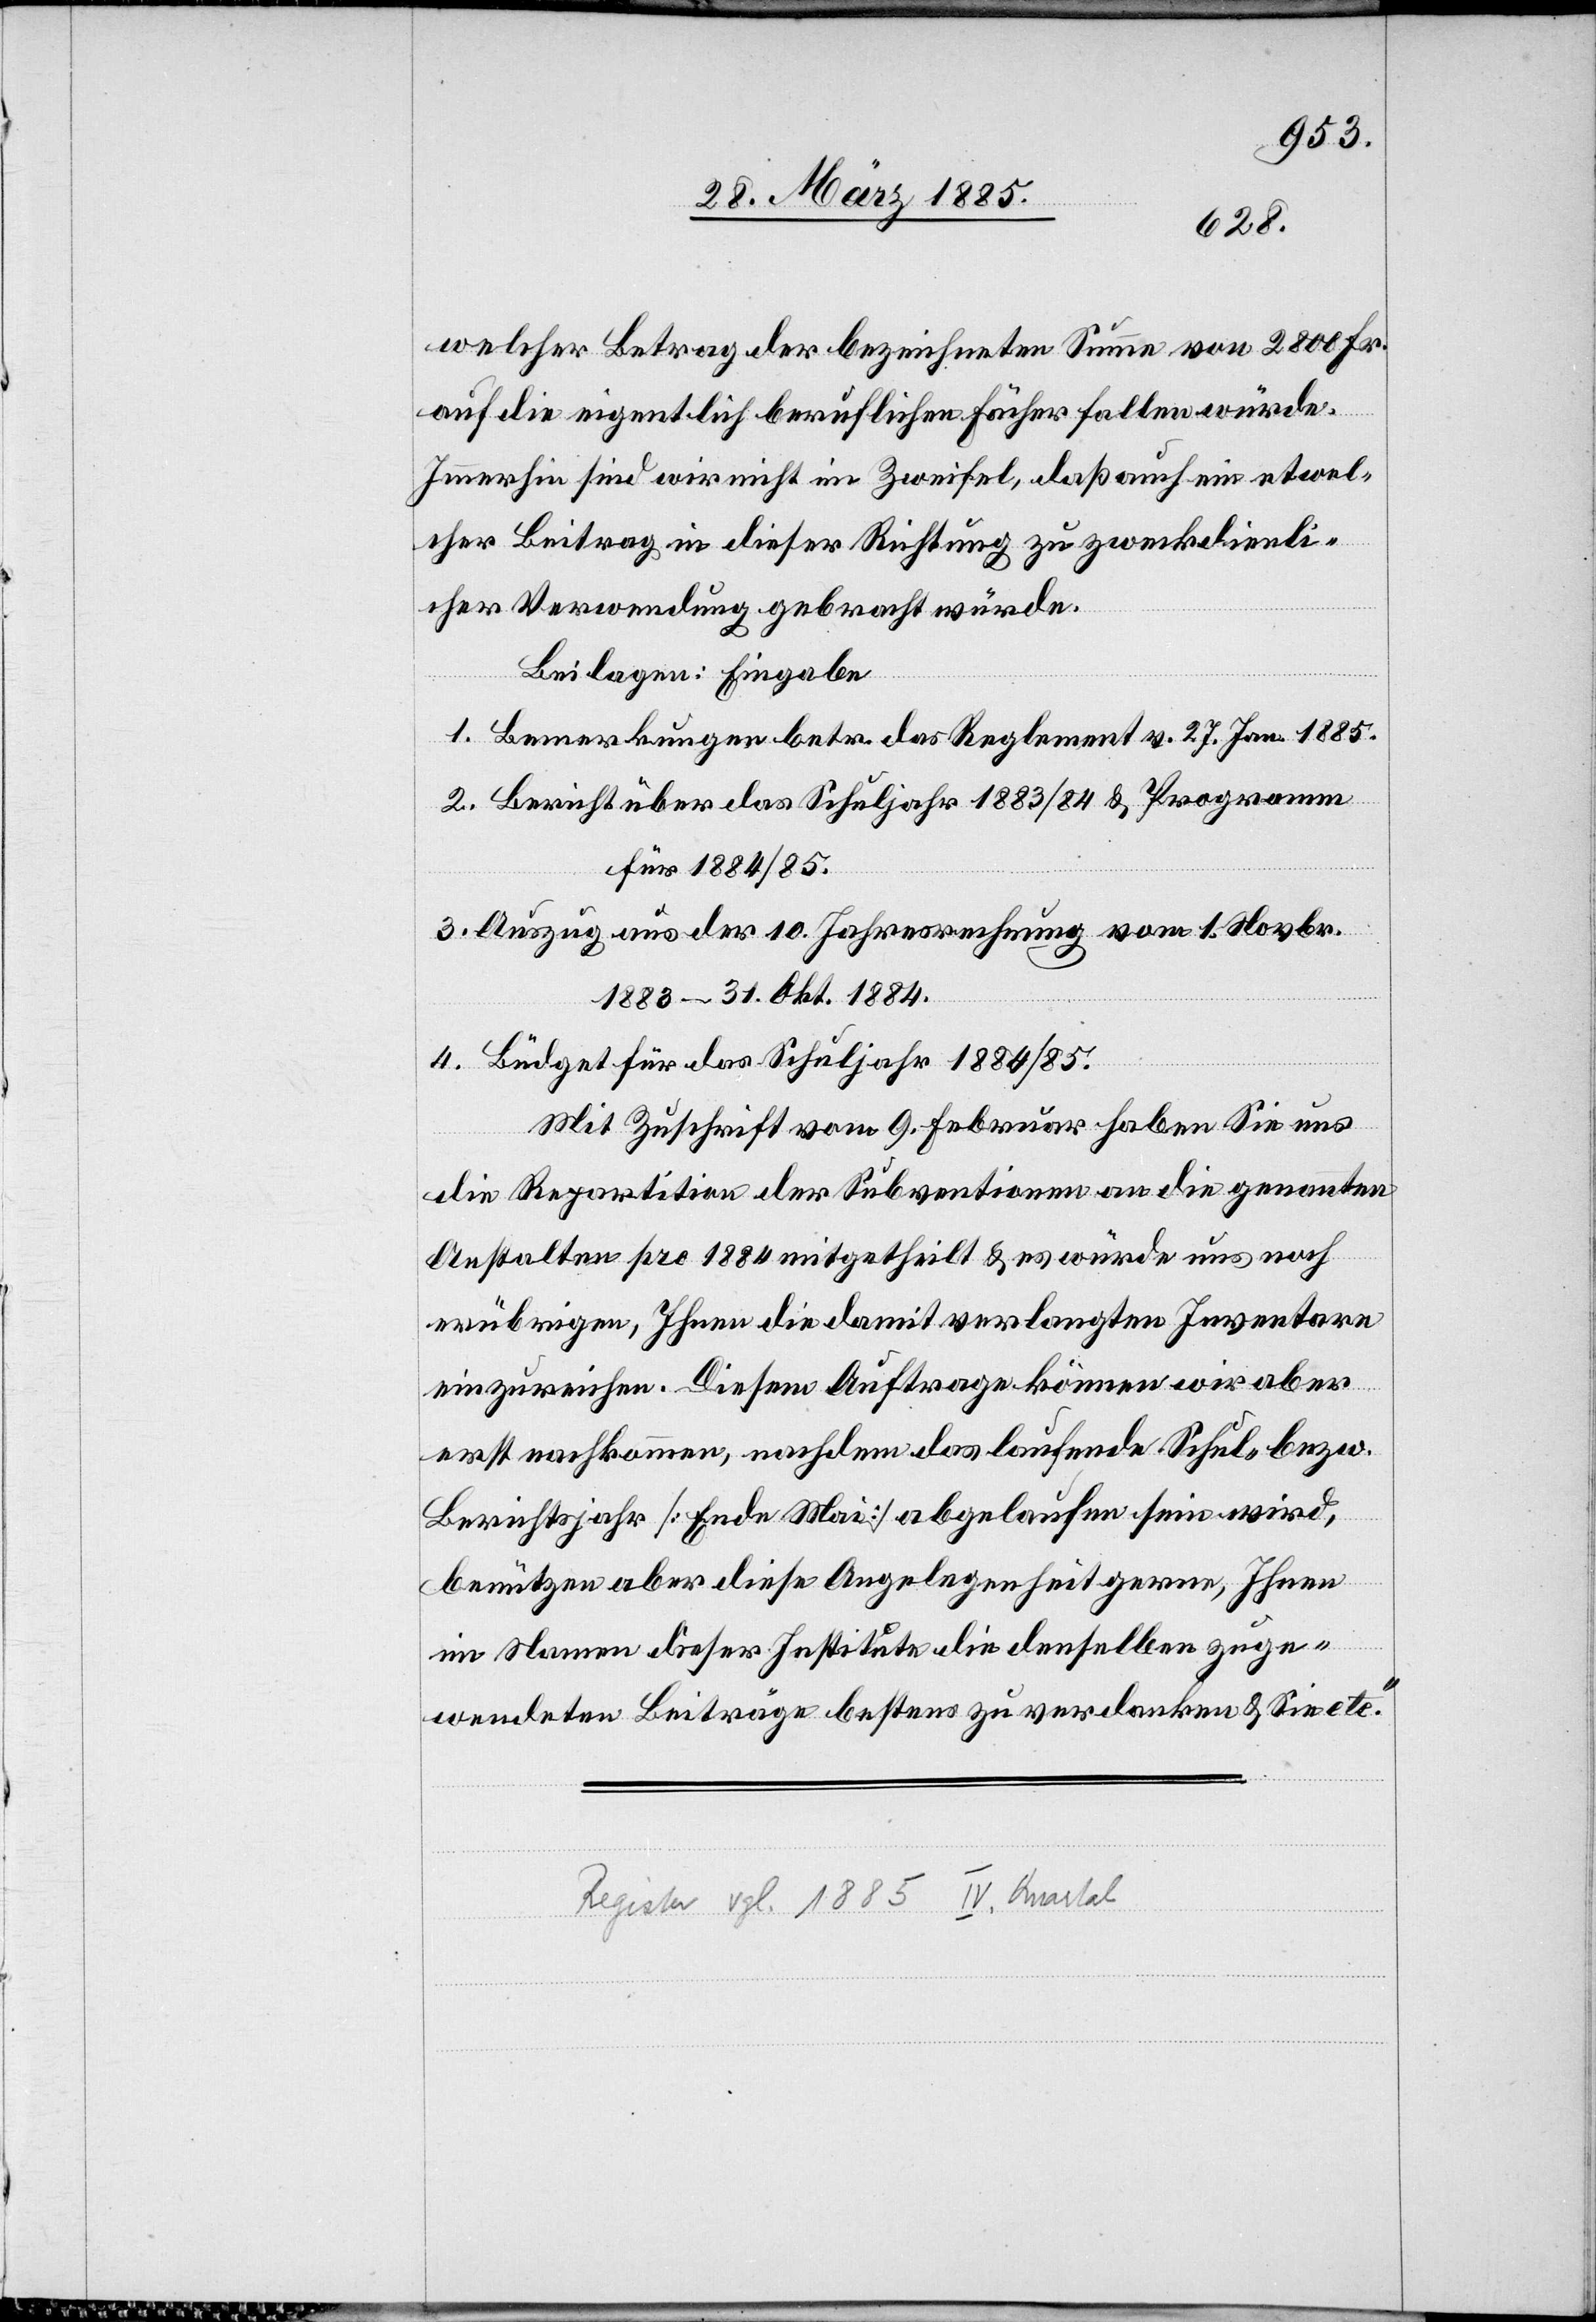
welcher Betrag der bezeichneten Summe von 2800 Fr.
auf die eigentlich beruflichen Fächer fallen würde.
Immerhin sind wir nicht im Zweifel, daß auch ein etwel¬
cher Beitrag in dieser Richtung zu zweckdienli¬
cher Verwendung gebracht würde.
Beilagen: Eingabe
1. Bemerkungen betr. das Reglement v. 27. Jan. 1885.
2. Bericht über das Schuljahr 1883/84 & Programm
für 1884/85.
3. Auszug aus der 10. Jahresrechnung vom 1. Novbr.
1883–31. Okt. 1884.
4. Büdget für das Schuljahr 1884/85.
Mit Zuschrift vom 9. Februar haben Sie uns
die Repartition der Subventionen an die genan[n]ten
Anstalten pro 1884 mitgetheilt & es würde uns noch
erübrigen, Ihnen die damit verlangten Inventare
einzureichen. Diesem Auftrage können wir aber
erst nachkommen, nachdem das laufende Schul- bezw.
Berichtsjahr [Ende Mai] abgelaufen sein wird,
benützen aber diese Angelegenheit gerne, Ihnen
im Namen dieser Institute die denselben zuge¬
wendeten Beiträge bestens zu verdanken & Sie etc.“